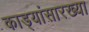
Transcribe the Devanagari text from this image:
काड्यांसारख्या